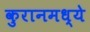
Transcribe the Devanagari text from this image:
कुरानमध्ये